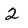
Character: 2